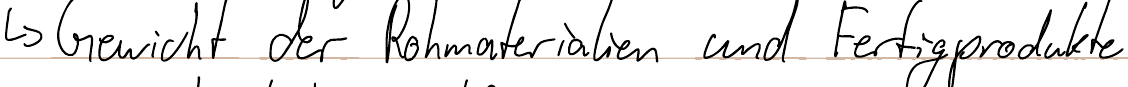
-> Gewicht der Rohmaterialien und Fertigprodukte